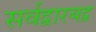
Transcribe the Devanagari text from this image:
सर्वद्वारबद्व